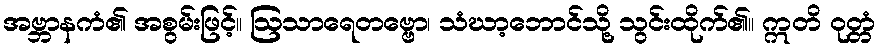
အဗ္ဘာနကံ၏ အစွမ်းဖြင့်။ ဩသာရေတဗ္ဗော၊ သံဃာ့ဘောင်သို့ သွင်းထိုက်၏။ ဣတိ ဝုတ္တံ